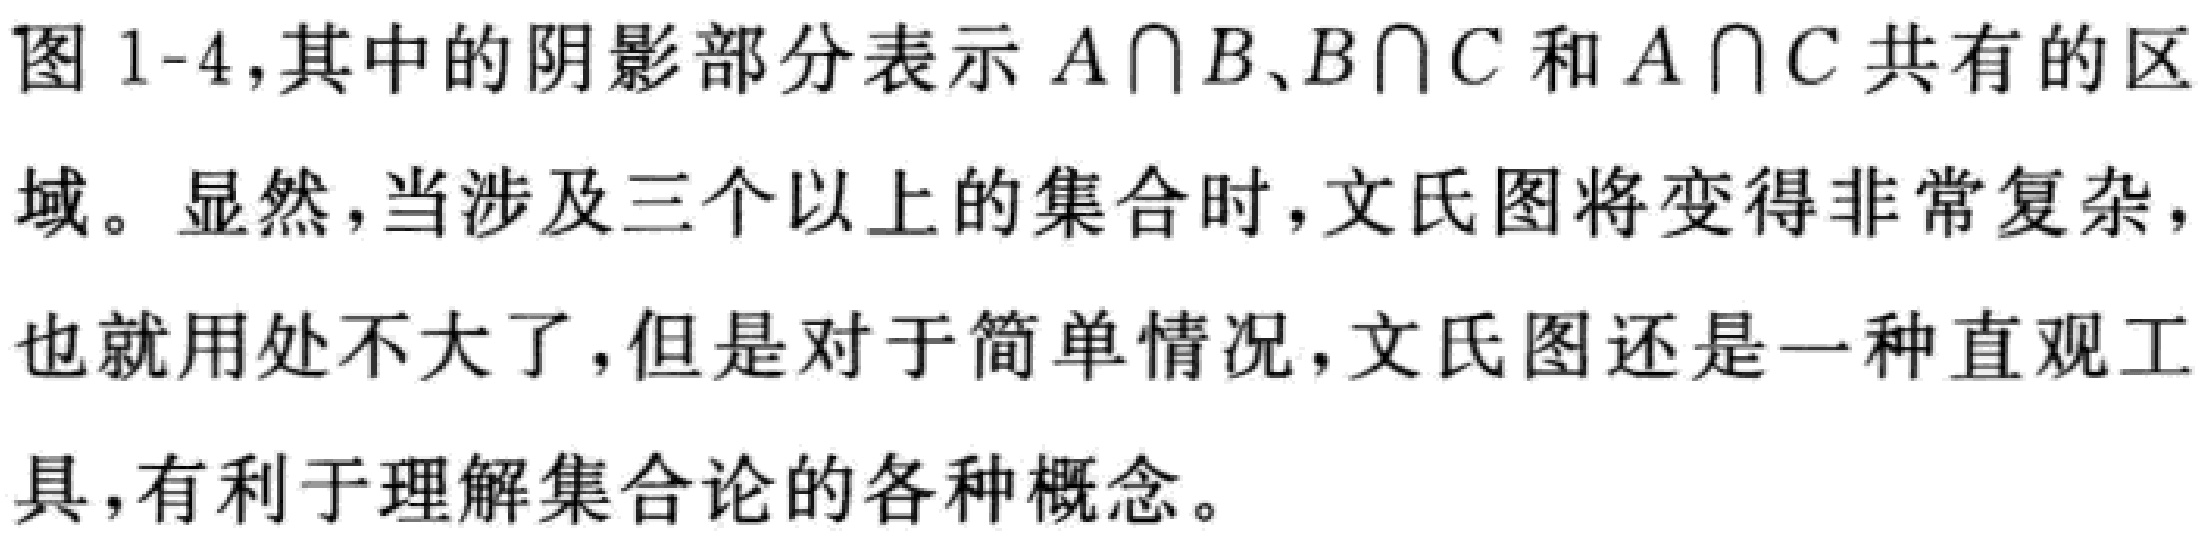
图 1-4,其中的阴影部分表示 \(A\cap B、B\cap C\) 和 \(A\cap C\) 共有的区域。显然，当涉及三个以上的集合时，文氏图将变得非常复杂，也就用处不大了，但是对于简单情况，文氏图还是一种直观工具，有利于理解集合论的各种概念。